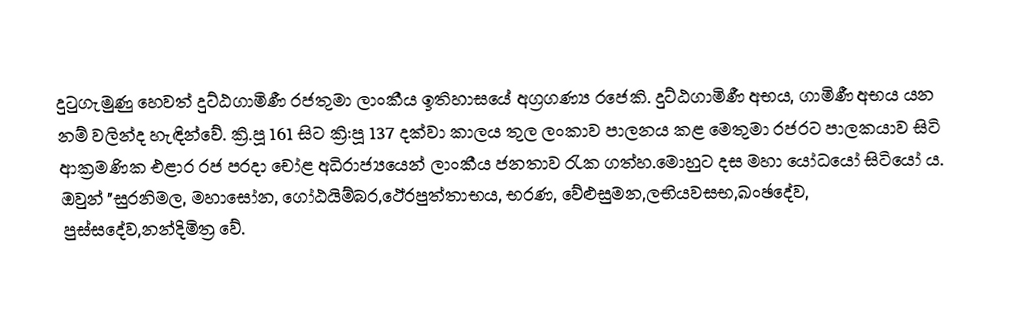
දුටුගැමුණු හෙවත් දුට්ඨගාමිණී රජතුමා ලාංකීය ඉතිහාසයේ අග්‍රගණ්‍ය රජෙකි. දුට්ඨගාමිණී අභය, ගාමිණී අභය යන නම් වලින්ද හැඳින්වේ. ක්‍රි.පූ 161 සිට ක්‍රි:පූ 137 දක්වා කාලය තුල ලංකාව පාලනය කළ මෙතුමා රජරට පාලකයාව සිටි ආක්‍රමණික එළාර රජ පරදා චෝළ අධිරාජ්‍යයෙන් ලාංකීය ජනතාව රැක ගත්හ.මොහුට දස මහා යෝධයෝ සිටියෝ ය. ඔවුන් "සුරනිමල, මහාසෝන, ගෝඨයිම්බර,ථේරපුත්තාභය, භරණ, වේළුසුමන,ලභියවසභ,ඛංඡදේව, පුස්සදේව,නන්දිමිත්‍ර වේ.